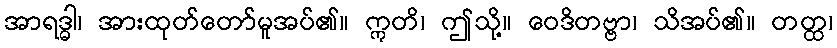
အာရဒ္ဓါ၊ အားထုတ်တော်မူအပ်၏။ ဣတိ၊ ဤသို့။ ဝေဒိတဗ္ဗာ၊ သိအပ်၏။ တတ္ထ၊